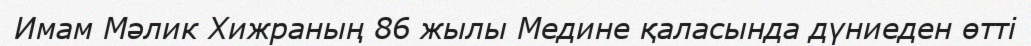
Имам Мәлик Хижраның 86 жылы Медине қаласында дүниеден өтті